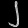
Digit: ၂